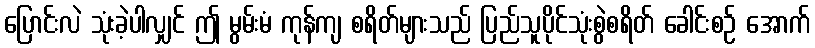
ပြောင်းလဲ သုံးခဲ့ပါလျှင် ဤ မွမ်းမံ ကုန်ကျ စရိတ်များသည် ပြည်သူပိုင်သုံးစွဲစရိတ် ခေါင်းစဉ် အောက်